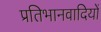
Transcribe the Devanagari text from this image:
प्रतिभानवादियों